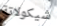
شيكولاتة